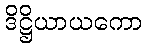
ဒိဋ္ဌိယာယကော